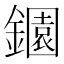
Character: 𬬎